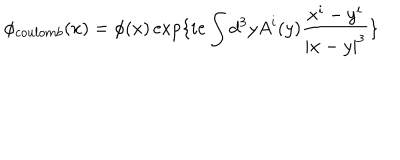
\phi _ { c o u l o m b } ( x ) = \phi ( x ) \exp \{ i e \int d ^ { 3 } y A ^ { i } ( y ) \frac { x ^ { i } - y ^ { i } } { | x - y | ^ { 3 } } \}